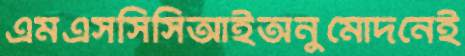
এমএসসিসিআইঅনুমোদনেই